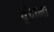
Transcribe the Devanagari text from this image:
वृंदाना